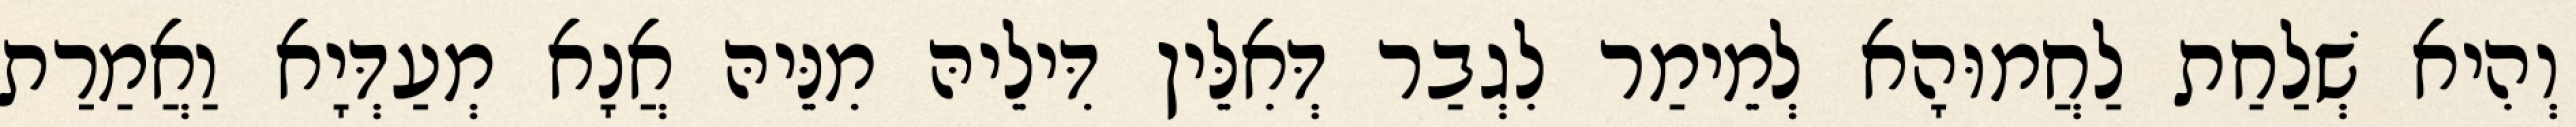
וְהִיא שְׁלַחַת לַחֲמוּהָא לְמֵימַר לִגְבַר דְּאִלֵּין דִּילֵיהּ מִנֵּיהּ אֲנָא מְעַדְּיָא וַאֲמַרַת